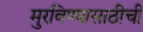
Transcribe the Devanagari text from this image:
मुरविण्यासाठीची